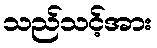
သည်သင့်အား